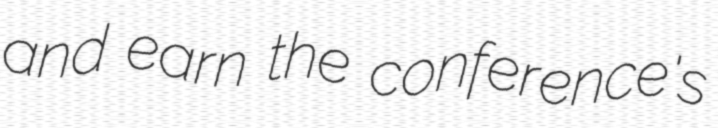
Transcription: and earn the conference's